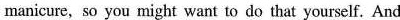
manicure, so you might want to do that yourself. And